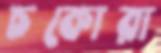
চকোরা